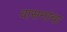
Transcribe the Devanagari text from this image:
वासनांचा